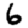
Digit: 6